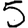
Digit: 5